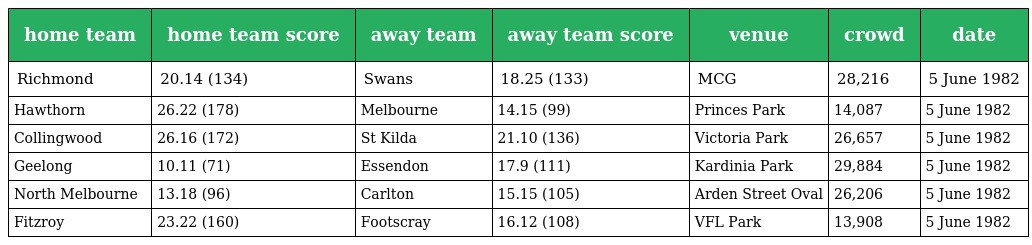
| home team | home team score | away team | away team score | venue | crowd | date |
 | --- | --- | --- | --- | --- | --- | --- |
 | Richmond | 20.14 (134) | Swans | 18.25 (133) | MCG | 28,216 | 5 June 1982 |
 | Hawthorn | 26.22 (178) | Melbourne | 14.15 (99) | Princes Park | 14,087 | 5 June 1982 |
 | Collingwood | 26.16 (172) | St Kilda | 21.10 (136) | Victoria Park | 26,657 | 5 June 1982 |
 | Geelong | 10.11 (71) | Essendon | 17.9 (111) | Kardinia Park | 29,884 | 5 June 1982 |
 | North Melbourne | 13.18 (96) | Carlton | 15.15 (105) | Arden Street Oval | 26,206 | 5 June 1982 |
 | Fitzroy | 23.22 (160) | Footscray | 16.12 (108) | VFL Park | 13,908 | 5 June 1982 |